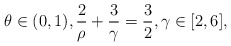
\begin{align*}\theta \in (0,1), \frac{2}{\rho}+\frac{3}{\gamma}=\frac{3}{2}, \gamma \in [2,6],\end{align*}